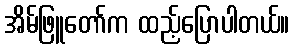
အိမ်ဖြူတော်က ထည့်ပြောပါတယ်။